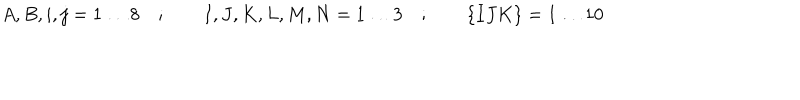
A , B , i , j = 1 \ldots 8 \quad ; \qquad I , J , K , L , M , N = 1 \ldots 3 \quad ; \qquad \{ I J K \} = 1 \ldots 1 0